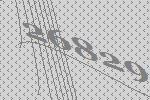
26829